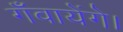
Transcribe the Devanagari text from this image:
गँवायेंगे।